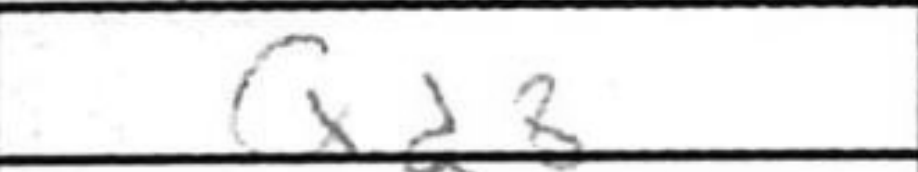
Transcription: Qd8